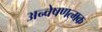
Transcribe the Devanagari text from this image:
अन्वेषणत्मक